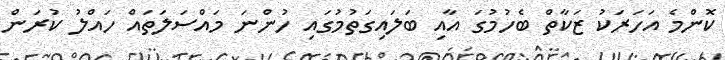
ކޮންމެ އަހަރަކު ޒަކާތް ބެހުމުގަ އާއި ބަލައިގަތުމުގައި ހުންނަ މައްސަލަތައް ހައްލު ކުރަން